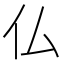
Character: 仏